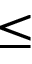
\leq